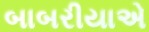
બાબરીયાએ